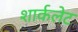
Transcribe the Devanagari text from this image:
शार्कलेट